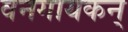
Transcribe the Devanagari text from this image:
वनगायकन्